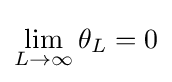
\lim _{L\rightarrow \infty }\theta _{L}=0